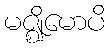
မဇ္ဈိမောပိ